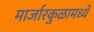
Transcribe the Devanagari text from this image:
मार्जारकुळामध्ये